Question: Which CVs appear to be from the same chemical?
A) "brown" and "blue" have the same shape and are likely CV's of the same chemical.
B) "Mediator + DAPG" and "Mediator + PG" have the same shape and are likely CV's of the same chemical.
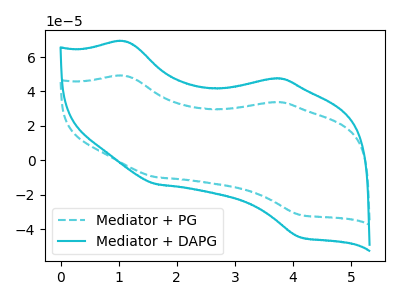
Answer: <think>The cyan dashed curve "Mediator + PG" has anodic peaks at (1.10V, 49.05uA) (3.65V, 33.70uA) and cathodic peaks at (1.65V, -9.85uA) (4.10V, -31.75uA). The cyan curve "Mediator + DAPG" has anodic peaks at (1.10V, 69.05uA) (3.65V, 47.50uA) and cathodic peaks at (1.65V, -13.90uA) (4.10V, -44.75uA).
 All the peaks in "Mediator + PG" have a peak in "Mediator + DAPG" at the same potential. Every peak in "Mediator + PG" is lower than every peak in "Mediator + DAPG".</think>
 <answer>B) "Mediator + DAPG" and "Mediator + PG" have the same shape and are likely CV's of the same chemical.</answer>
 <eval>B</eval>